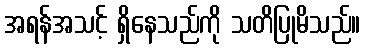
အရန်အသင့် ရှိနေသည်ကို သတိပြုမိသည်။